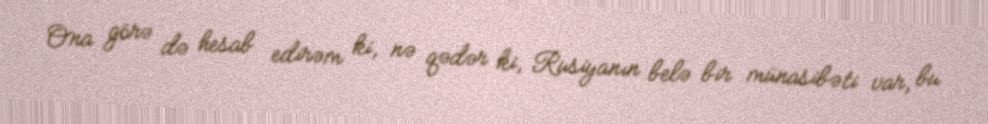
Ona görə də hesab edirəm ki, nə qədər ki, Rusiyanın belə bir münasibəti var, bu